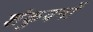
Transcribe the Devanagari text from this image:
शंकुवनों